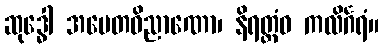
ဆုဒ္ဓေါ အပေတဝိညာဏော၊ နိရတ္ထံဝ ကလိင်္ဂရံ။